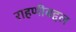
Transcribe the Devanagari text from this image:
राहणीबद्दल